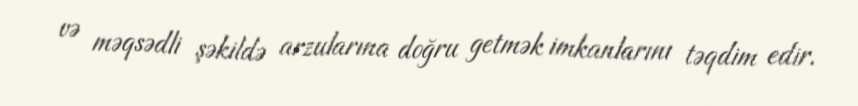
və məqsədli şəkildə arzularına doğru getmək imkanlarını təqdim edir.